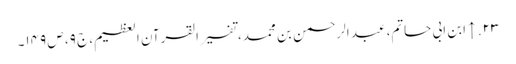
۲۳. ↑ ابن ابی حاتم، عبد الرحمن بن محمد، تفسیر القرآن العظیم، ج ۹، ص ۱۴۹۔